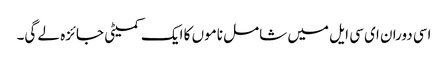
اسی دوران ای سی ایل میں شامل ناموں کا ایک کمیٹی جائزہ لے گی۔